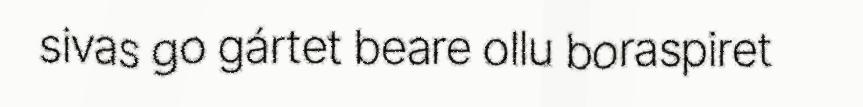
sivas go gártet beare ollu boraspiret